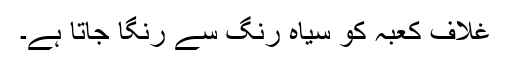
غلاف کعبہ کو سیاہ رنگ سے رنگا جاتا ہے۔